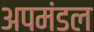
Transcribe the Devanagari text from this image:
अपमंडल